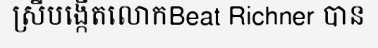
ស្រីបង្កើតលោកBeat Richner បាន